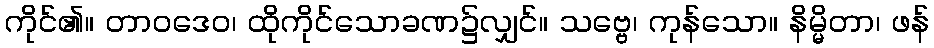
ကိုင်၏။ တာဝဒေဝ၊ ထိုကိုင်သောခဏ၌လျှင်။ သဗ္ဗေ၊ ကုန်သော။ နိမ္မိတာ၊ ဖန်